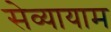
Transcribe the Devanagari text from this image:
सेव्यायाम